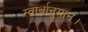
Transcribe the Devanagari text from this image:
स्वार्थानुमान।